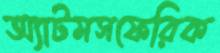
অ্যাটমসফেরিক